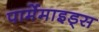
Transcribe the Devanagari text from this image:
पार्मेमाइड्स